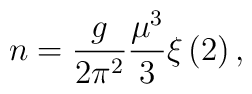
n=\frac{g}{2\pi ^{2}}\frac{\mu ^{3}}{3}\xi \left( 2\right) ,